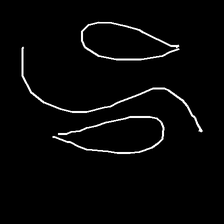
Glyph: water